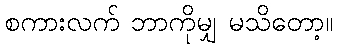
စကားလက် ဘာကိုမျှ မသိတော့။